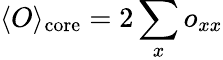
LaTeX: \langle O\rangle_{\mathrm{core}}=2\sum_{x}o_{xx}